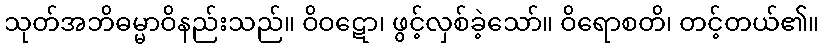
သုတ်အဘိဓမ္မာဝိနည်းသည်။ ဝိဝဋော၊ ဖွင့်လှစ်ခဲ့သော်။ ဝိရောစတိ၊ တင့်တယ်၏။